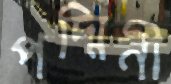
পদ্মিনী